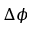
\Delta \phi